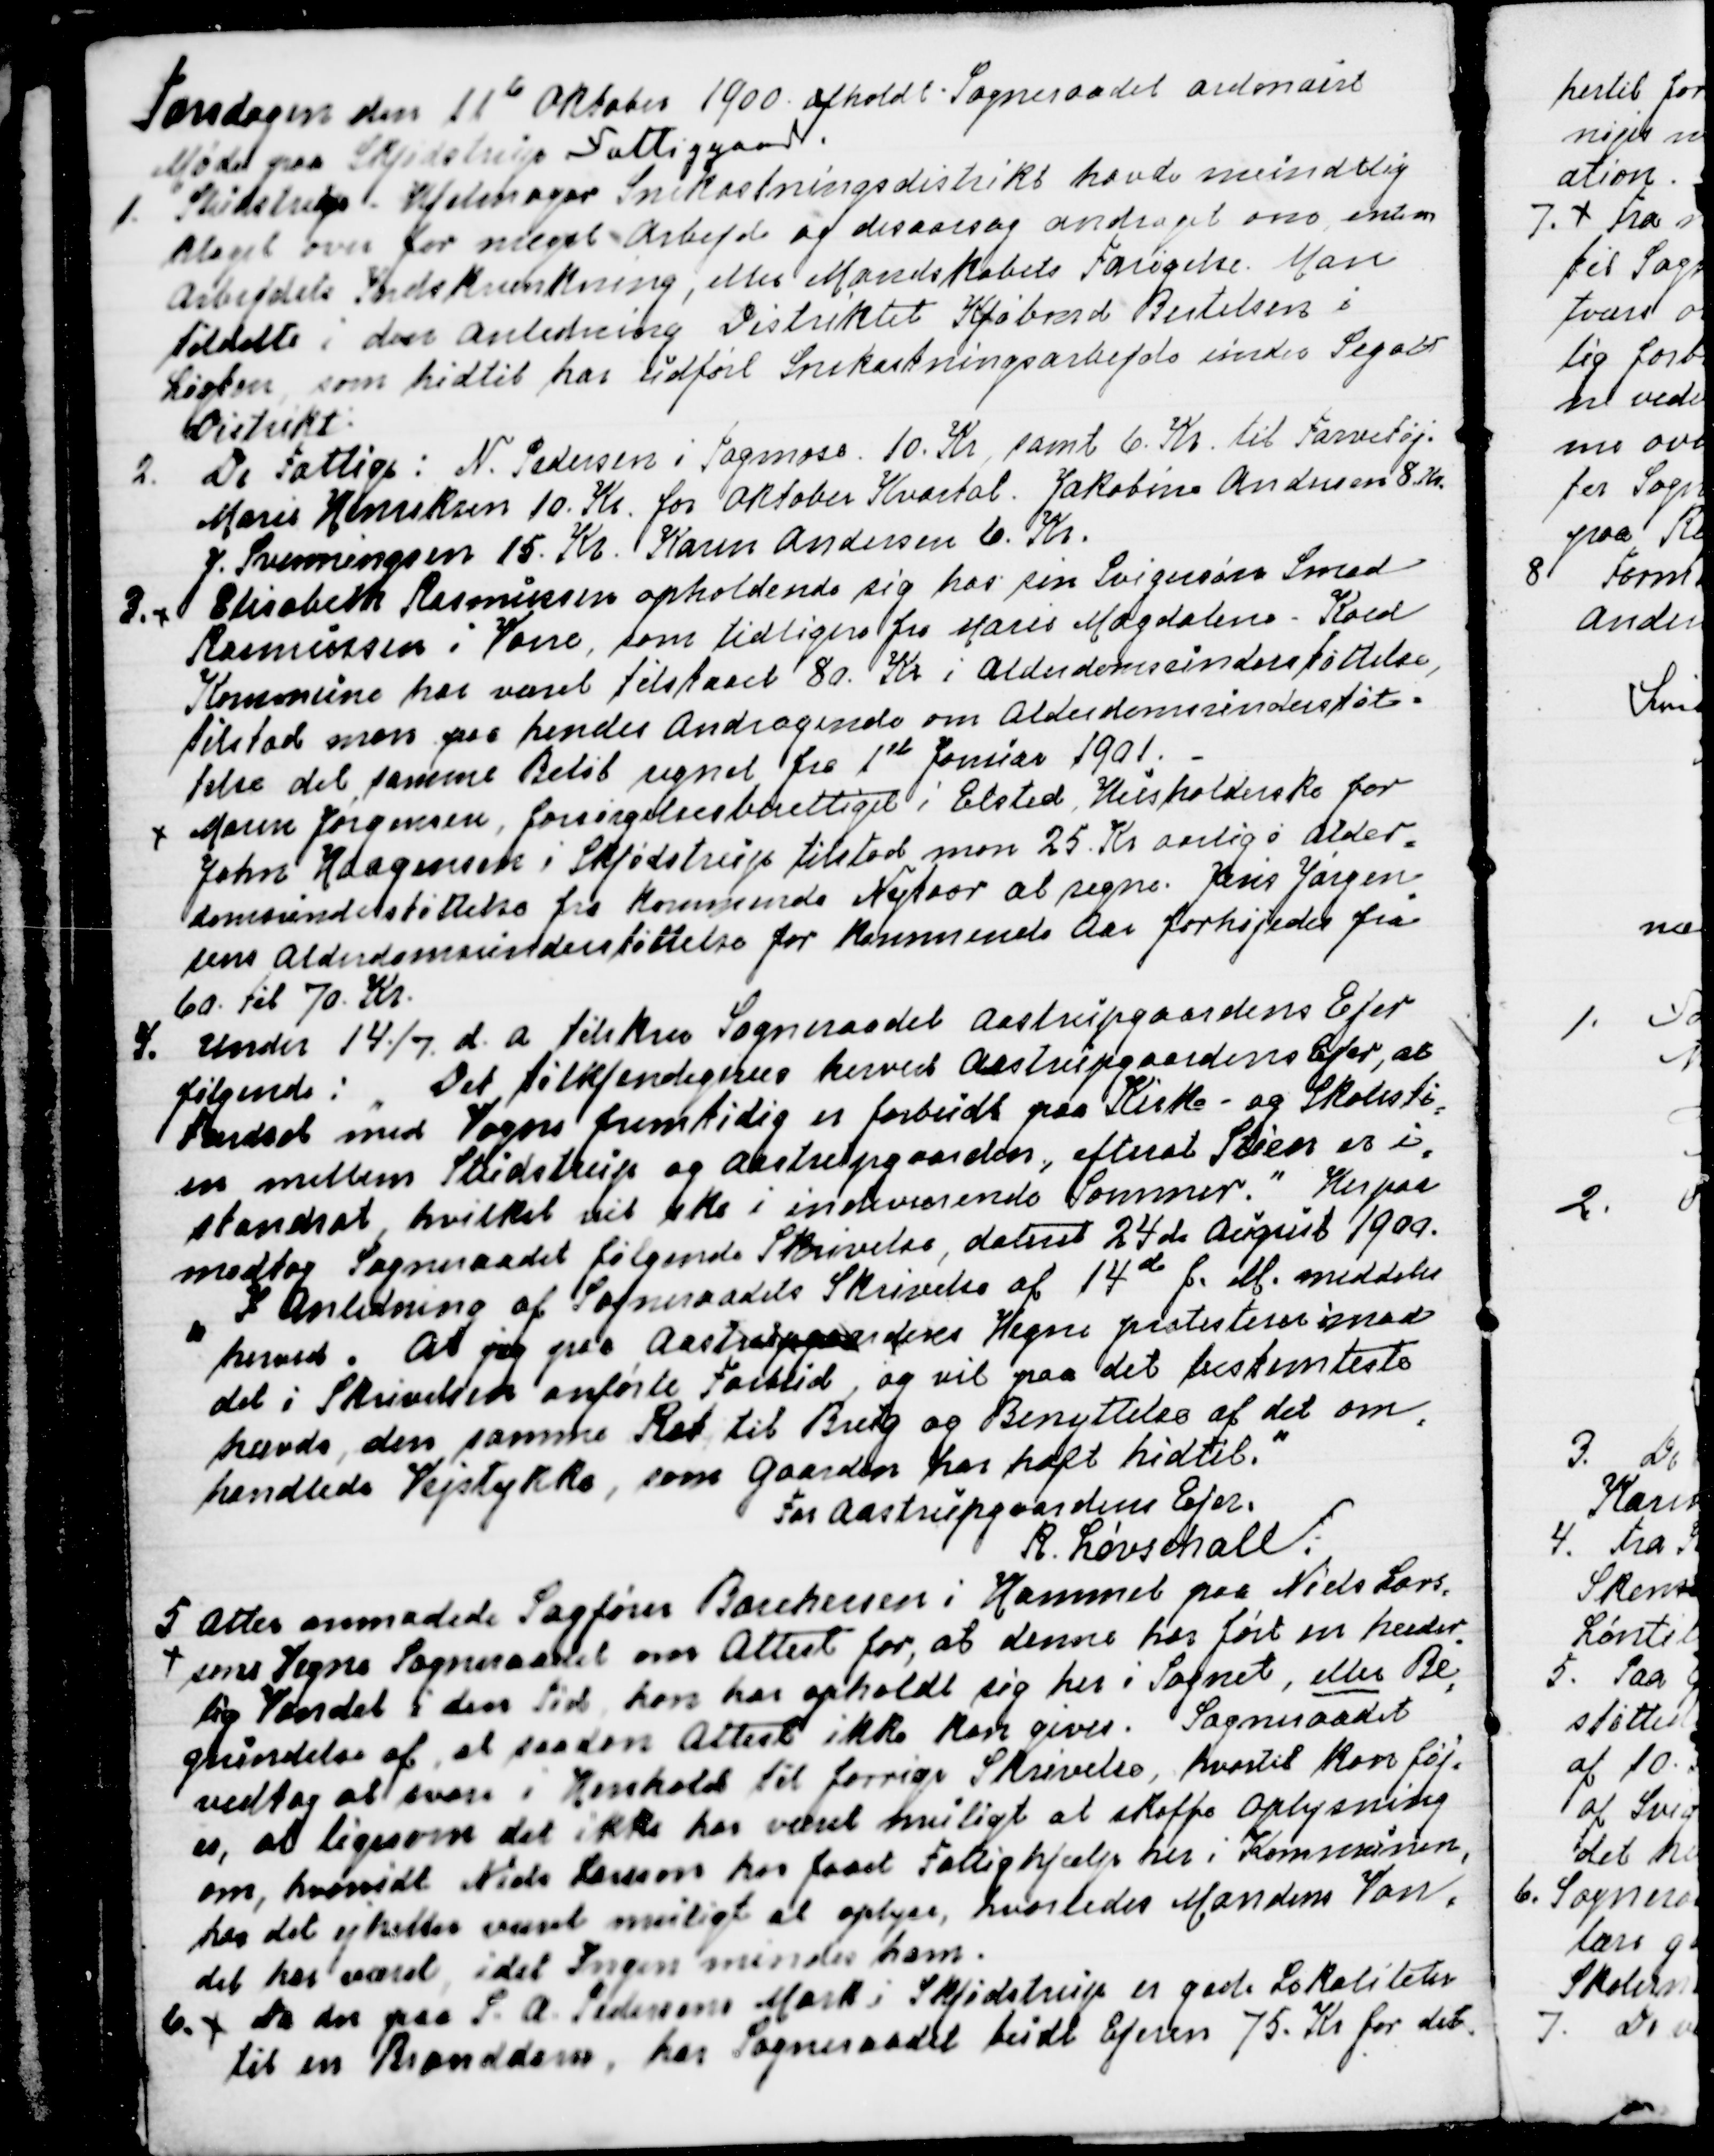
Transskription:
Torsdagen den 11te Oktober 1900 afholdt Sogneraadet ordinairt
Møde paa Skjødstrup Fattiggaard.
1. Studstrup - Hjelmager Snekastningsdistrikt havde mindelig
klaget over for meget Arbejde og desaarsag andraget om enten
Arbejdets Indskrænkning, eller Mandskabets Forøgelse. Man
tildelte i den Anledning Distriktet Kjøbmand Bertelsen i
Løgten, som hidtil har udført Snekastningsarbejde under Segalt
Distrikt.
2. De Fattige: N. Pedersen i Tagmose 10. Kr., samt 6. Kr. til Farvetøj.
Marie Henriksen 10. Kr. for Oktober Kvartal. Jakobine Andersen 8. Kr.
J. Svenningsen 15. Kr. Karen Andersen 6. Kr.
3. Elisabeth Rasmussen opholdende sig hos sin Svigersøn Smed
Rasmusen i Vorre, som tidligere fra Marie Magdalene - Koed
Kommune har været tilstaaet 80. Kr. i Alderdomsunderstøttelse,
tilstod man paa hendes Andragende om Alderdomsunderstøt=
telse det samme Beløb regnet fra 1st Januar 1901.
Maren Jørgensen, forsørgelsesberettiget i Elsted, Husholderske for
John Haagensen i Skjødstrup tilstod man 25. Kr aarlig i Alder
=
domsunderstøttelse fra kommende Nytaar at regne. Jens Jørgen-
sens Alderdomsunderstøttelse for kommende Aar forhøjedes fra
60 til 70 Kr.
4. Under 14./7 d. A. tilskrev Sogneraadet Aastrupgaardens Ejer
følgende: " Det tilkjendegives herved Aastrupgaardens Ejer, at
Færdsel med Vogne fremtidig er forbudt paa Kirke- og Skolesti
=
en mellem Studstrup og Aastrupgaarden, efterat Stien er i
=
standsat, hvilket vil ske i indeværende Sommer." Herpaa
modtog Sogneraadet følgende Skrivelse, dateret 24de August 1900.
" I Anledning af Sogneraadets Skrivelse af 14de f.M. meddeles
herved. At jeg paa Aastrupgaardens Vegne protesterer imod
det i Skrivelsen anførte Forbud, og vil paa det bestemteste
hævde, den samme Ret til Brug og Benyttelse af det om
=
handlede Vejstykke, som Gaarden har haft hidtil."
For Aastrupgaardens Ejer
R. Løvschall.
5 Atter anmodede Sagfører Borchersen i Hammel på Niels Lars
=
sons Vegne Sogneraadet om Attest for, at denne har ført en hæder
=
lig Vandel i den Tid, han har opholdt sig her i Sognet, eller Be
=
grundelse af, at saadan Attest ikke kan gives. Sogneraadet
vedtog at svare i Henhold til forrige Skrivelse, hvortil kan føj=
es, at ligesom det ikke har været muligt at skaffe Oplysning
om, hvorvidt Niels Larsson har fået Fattighjælp her i Kommunen,
har det ej heller være muligt at oplyse, hvorledes Mandens Van=
del har været, idet ingen mindes ham.
6. Da der paa S. A. Pedersens Mark i Skjødstrup er gode Lokaliteter
til en Branddam, har Sogneraadet budt Ejeren 75 Kr. for det.